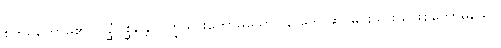
စိတ်ရှိတော်မူ၏။ ဂစ္ဆံဂစ္ဆန္တော၊ ကြွသွားတော်မူသော။ နာဂေါ၊ ဆင်မင်းသဖွယ်ဖြစ်တော်မူသော